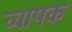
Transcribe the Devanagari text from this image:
व्वापक